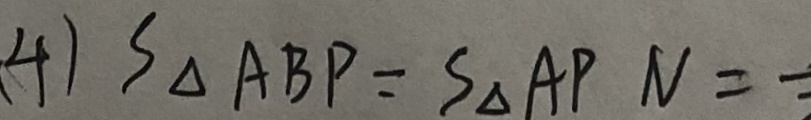
4 ) S _ { \Delta A B P } = S _ { \Delta } A P N =